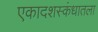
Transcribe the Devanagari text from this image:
एकादशस्‍कंधातला